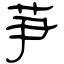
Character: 芛